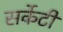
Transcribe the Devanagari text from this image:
सर्केटी